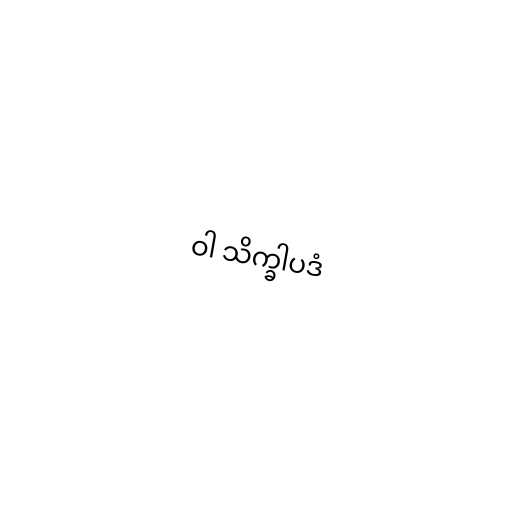
ဝါ သိက္ခါပဒံ